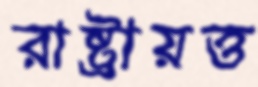
রাষ্ট্রায়ত্ত